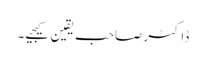
ڈاکٹرصاحب یقین کیجیے۔